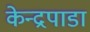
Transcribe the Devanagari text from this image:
केन्द्रपाडा